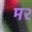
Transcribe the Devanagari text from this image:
म२